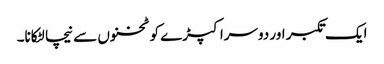
ایک تکبر اور دوسرا کپڑے کو ٹخنوں سے نیچا لٹکانا۔